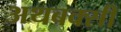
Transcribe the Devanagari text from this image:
अथबक्सी